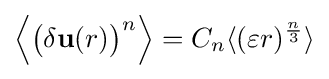
{\Big \langle }{\big (}\delta \mathbf {u} (r){\big )}^{n}{\Big \rangle }=C_{n}\langle (\varepsilon r)^{\frac {n}{3}}\rangle